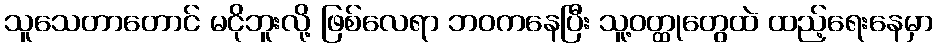
သူသေတာတောင် မငိုဘူးလို့ ဖြစ်လေရာ ဘဝကနေပြီး သူ့ဝတ္ထုတွေထဲ ထည့်ရေးနေမှာ